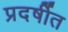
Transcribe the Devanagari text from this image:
प्रदर्षीत